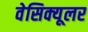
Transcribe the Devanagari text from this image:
वेसिक्यूलर